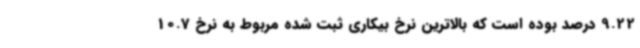
9.22 درصد بوده است که بالاترین نرخ بیکاری ثبت شده مربوط به نرخ 10.7